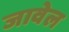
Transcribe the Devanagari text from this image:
जावेल